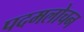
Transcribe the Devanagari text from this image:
पदमलोचन